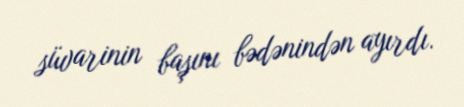
süvarinin başını bədənindən ayırdı.